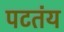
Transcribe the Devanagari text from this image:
पटतंय